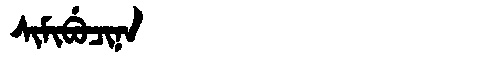
Manchu: ᠰᡳᠮᡳᠪᡠᠴᡳᠨᠠ
Romanization: SIMIBUCINA